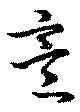
意